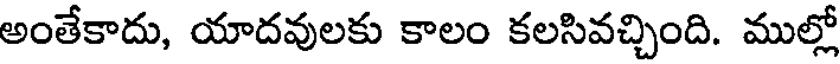
అంతేకాదు, యాదవులకు కాలం కలసివచ్చింది. ముల్లో